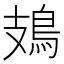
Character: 鳷